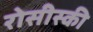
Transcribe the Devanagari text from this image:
रोसीस्की